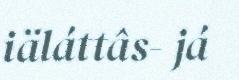
iäláttâs- já